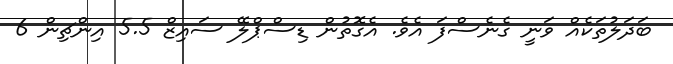
ބަދަލުތަކެއް ވަނީ ގެނެސްފަ އެވެ. އެގޮތުން ޑިސްޕްލޭ ސައިޒް 5.5 އިންޗިން 6